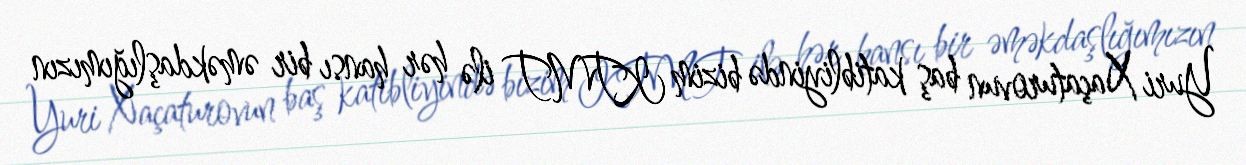
Yuri Xaçaturovun baş katibliyində bizim KTMT ilə hər hansı bir əməkdaşlığımızın